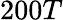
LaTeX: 200T